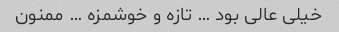
خیلی عالی بود … تازه و خوشمزه … ممنون